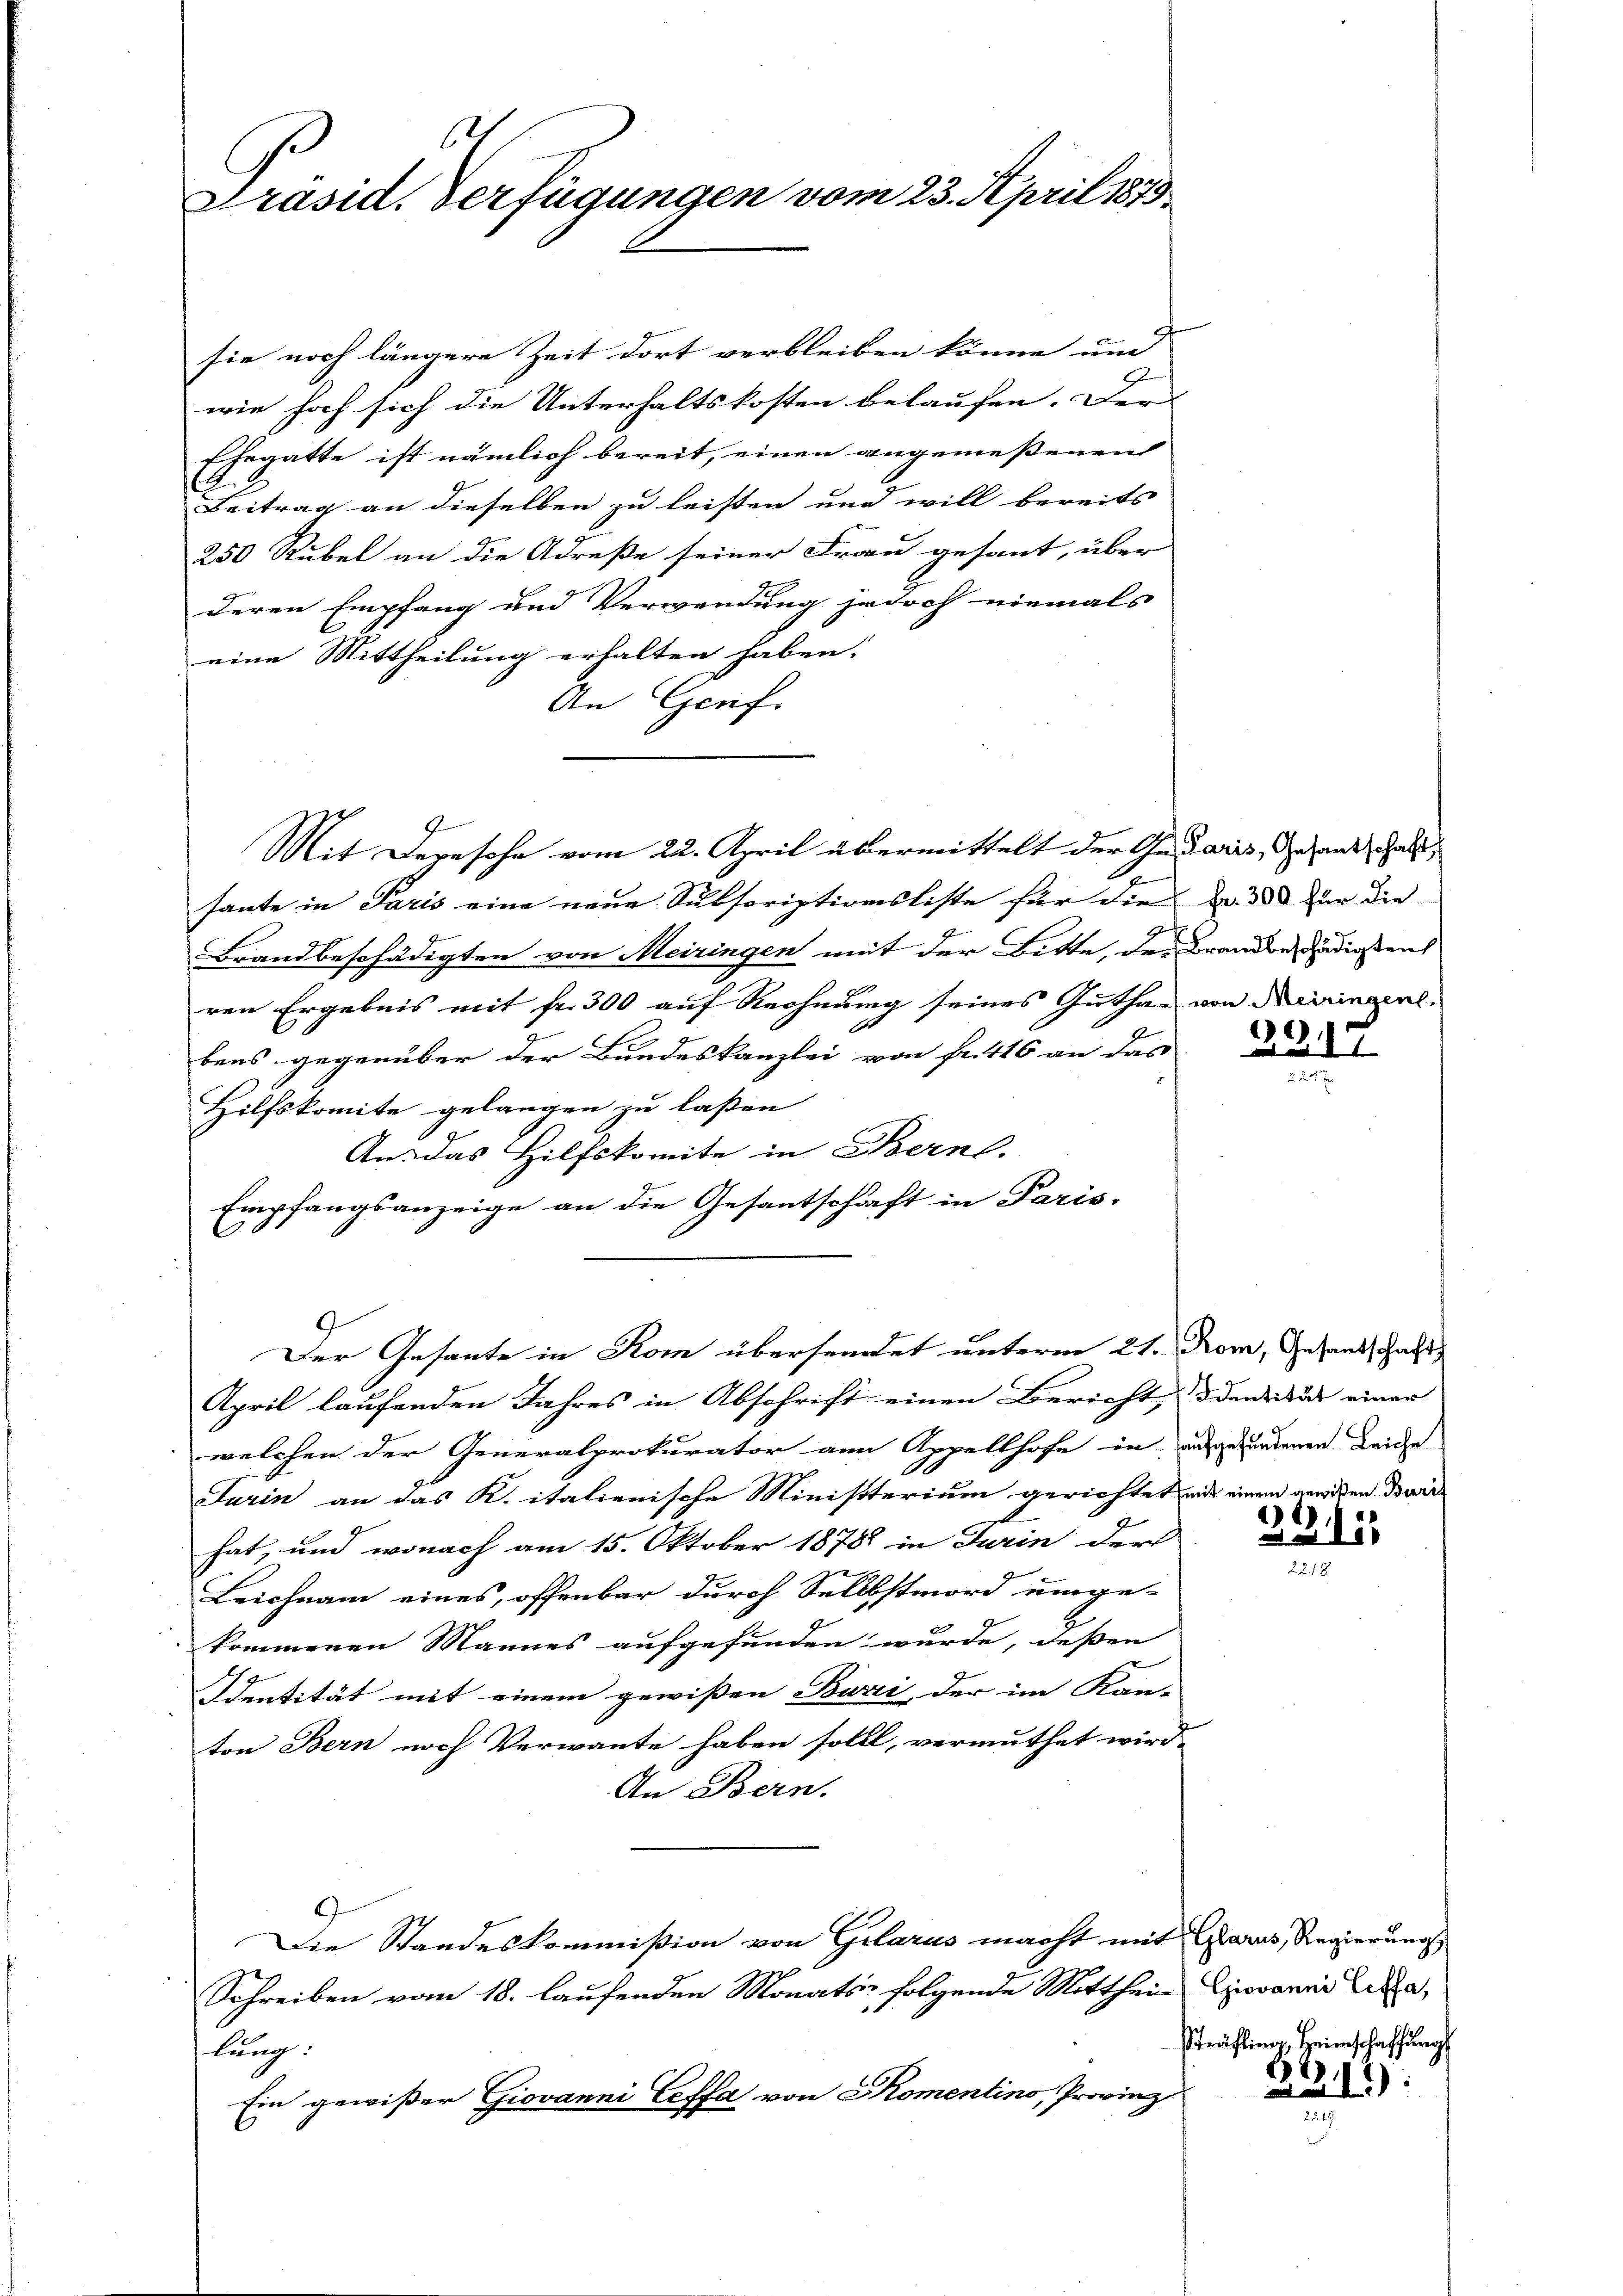
b
Präsid. Verfügungen vom 23. April 1873.

sie noch längere Zeit dort verbleiben könne und
wie hoch sich die Unterhaltskosten belaufen. Der
Ehegatte ist nämlich bereit, einen angemeßenen
Beitrag an dieselben zu leisten und will bereits
250 Rubel an die Adreße seiner Frau gesant, über
deren Empfang und Verwendung jedoch niemals
eine Mittheilung erhalten haben.
An Genf.

Mit Depesche vom 22. April übermittelt der Ge- daris, Gesandt halt

sante in Paris eine neue Subscriptionsliste für die dr. 388 für die
E
Brandbeschädigten von Meiringen mit der Bitte, der Brandbediesens
r
ren Ergebnis mit fr. 300 auf Rechnung seines Guthan von Diminal
bens gegenüber der Bundeskanzlei von Fr. 416 an das
Hilfskomite gelangen zu laßen
An das Hilfskomite in Bern.
Empfangsanzeige an die Gesantschaft in Paris-
April laufenden Jahres in Abschricht einen Bericht, den Aus einer
welchen der Generalprokurator an Appellhofe in angefundenen Leiche
Turin an das K. italienische Ministerium gerichtet mit einen gewißen Dire
hat, und wonach am 15. Oktober 1878 in Turin der

Leichnam eines, offenbar durch Selbstmord umge-
kommenen Mannes aufgefunden wurde, deßen
Dentität mit einem gewissen Burić, der im Kan- |
ton Bern noch Verwante haben sollt, vermuthet wird.
An Bern.
Die Standeskommißion von Glarus macht mit Glarus, Regierung
Schreiben vom 18. laufenden Monats folgende Mittheil Giovanni Cara,
lung:
Ein gewißer Giovanni Ceffa von Komentino, Provinz

Der Gesante in Rom übersendet unterm 21. Rom, Gesandschaft

2211

2315
2218

Sträfling Heimschaffungs

: